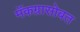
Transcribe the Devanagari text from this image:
मॅकग्रासोबत